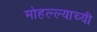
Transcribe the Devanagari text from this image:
मोहल्ल्याच्यी